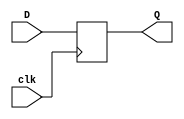
module D_FF(clk, D, Q);
	input clk;
	input D;
    output Q;
	reg Q;  // define out_1 as a register type

	// always block: structured procedural statement
	// @: sensitivity list, defining signal to implement the always block
	// posedge: positive edge, negedge: negative edge
	always @(posedge clk)  // triggered at the rising edge
	begin
	// All registers use non-blocking statement, such as <=.
	Q <= D;
	end
endmodule